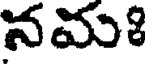
నమః